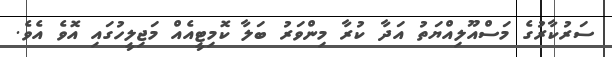
ސަރުކާރުގެ މަސްއޫލިއްޔަތު އަދާ ކުރާ މިންވަރު ބަލާ ކޮމިޓީއެއް މަޖިލީހުގައި އޮވެ އެވެ.